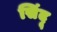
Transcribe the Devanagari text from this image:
सिंदू